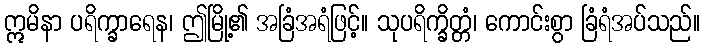
ဣမိနာ ပရိက္ခာရေန၊ ဤမြို့၏ အခြံအရံဖြင့်။ သုပရိက္ခိတ္တံ၊ ကောင်းစွာ ခြံရံအပ်သည်။